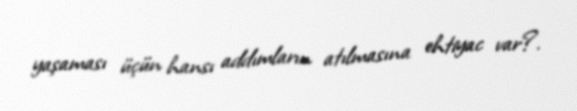
yaşaması üçün hansı addımların atılmasına ehtiyac var?.